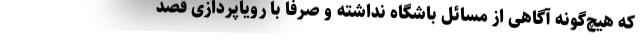
که هیچ‌گونه آگاهی از مسائل باشگاه نداشته و صرفاً با رویاپردازی قصد